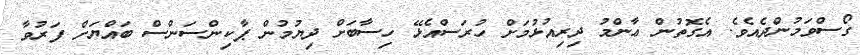
ގޯސްވަމުންދެއެވެ. އެގޮތުން ޢާންމު ދިރިއުޅުމަށް ހުރަސްއެޅޭ ހިސާބަށް ދިޔުމުން ޕާކިންސަންސް ބައްޔަށް ފަރުވާ